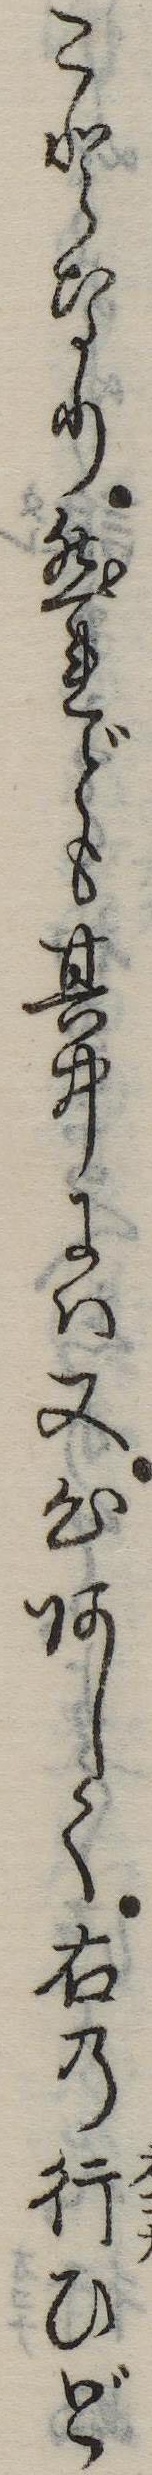
ことなり然れども其中には又心あしく右の行ひど